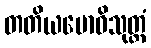
တတိယဗောဓိသုတ္တံ